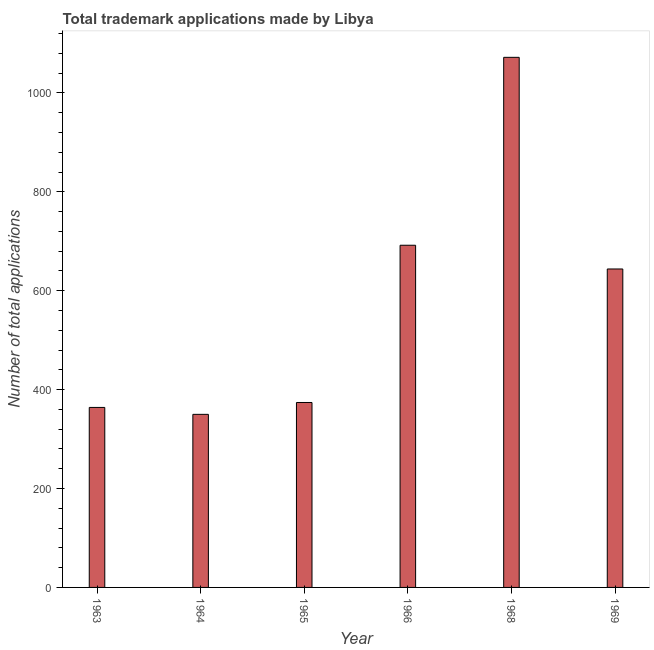
| Year | Trademark applications |
 | --- | --- |
 | 1963 | 364 |
 | 1964 | 350 |
 | 1965 | 374 |
 | 1966 | 692 |
 | 1968 | 1.07e+03 |
 | 1969 | 644 |